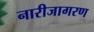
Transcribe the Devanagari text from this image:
नारीजागरण